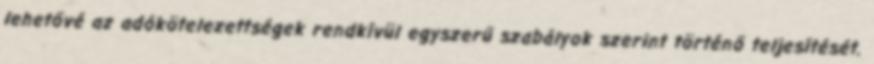
lehetővé az adókötelezettségek rendkívül egyszerű szabályok szerint történő teljesítését.